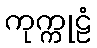
ကုက္ကုဠံ